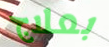
بعلاج